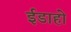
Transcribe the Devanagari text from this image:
ईडाहो